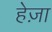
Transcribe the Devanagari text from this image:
हेज़ा